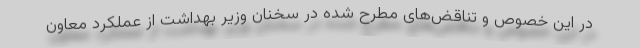
در این خصوص و تناقض‌های مطرح شده در سخنان وزیر بهداشت از عملکرد معاون